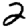
Digit: 2